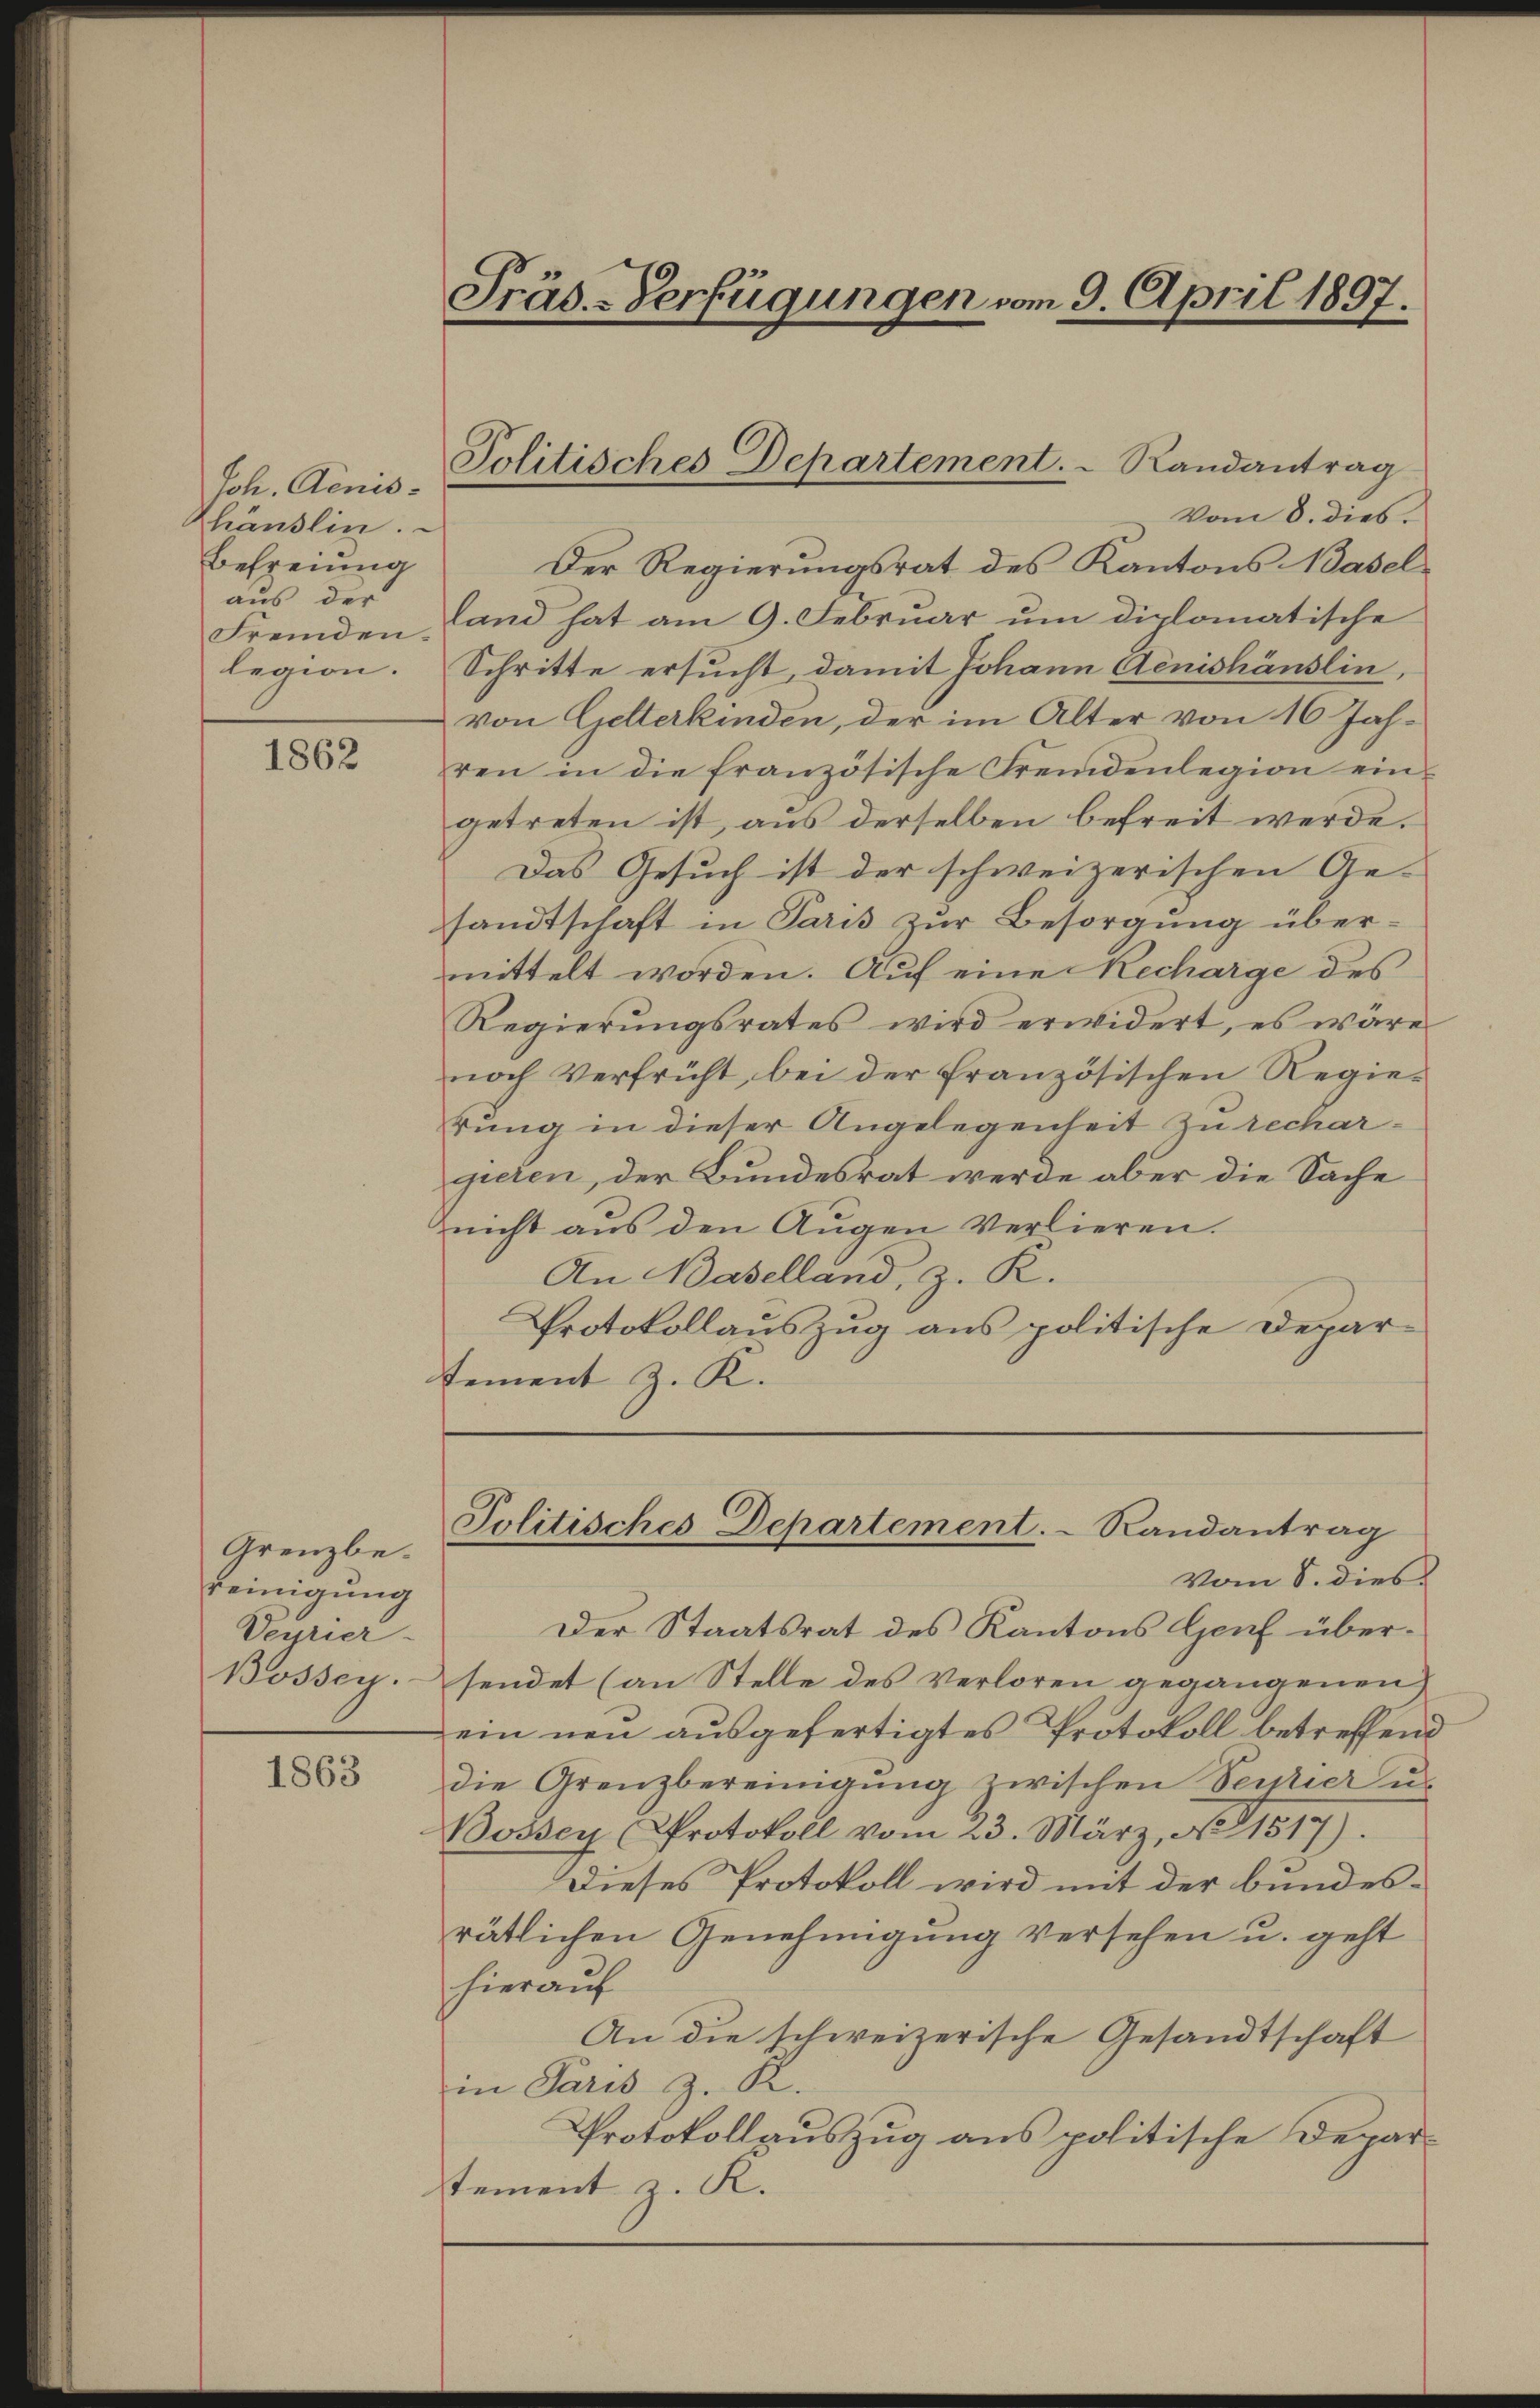
Joh. Genishänslin.
Befreiung
aus der
legion.

1862

Grenzbe¬
Keinigung
Veurier-
Bössey.

1863

Vom 8. dies.
Der Regierungsrat des Kantons Basel
Fremden, land hat am 9. Februar um diplomatische
Schritte ersucht, damit Johann Aenishänslin,
von Gelterkinden, der im Alter von 16 Jahren in die französische Fremdenlegion eingetreten ist, aus derselben befreit werde.
Das Gesuch ist der schweizerischen Ge-
sandtschaft in Paris zur Besorgung übermittelt worden. Auf eine Recharge des
Regierŭngsrates wird erwidert, es wäre
noch Verfrüht, bei der französischen Regie-
rung in dieser Angelegenheit zu rechargieren, der Bundesrat werde aber die Sache
nicht aŭs den Aŭgen verlieren.
An Baselland, z. R.
Protokollauszug aus politische Depar-
tement z. R.

Präs.-Verfügungen vom 9. April 1897.

Politisches Departement.   Randantrag

Politisches Departement. Randantrag

vom 8. dies
Der Staatsrat des Kantons Genf übersendet (an Stelle des Verloren gegangenen
ein neu ausgefertigtes Protokoll betreffend
die Grenzbereinigung zwischen Seurier u.
Bossen Protokoll vom 23. März, No 11517).
Dieses Protokoll wird mit der bundesrätlichen Genehmigung versehen u. geht
hierauf
An die schweizerische Gesandtschaft
in Paris z. R.
Protokollauszug aus politische Depar-
tement z. R.